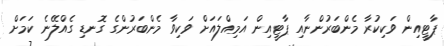
ޕާޓީއިން ވަކިކުރާ މެންބަރުންނާއި ޕާޓީއިން އަމިއްލައަށް ވަކިވާ މެންބަރުންގެ ގޮނޑި ގެއްލޭނެ ކަމަށް